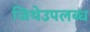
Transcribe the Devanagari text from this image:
जिथेउपलब्ध